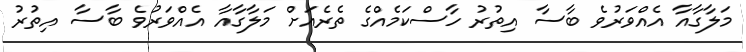
މަލާގާއާ އެއްވަރުވެ ބާސާ އިތުރު ހާސްކަމެއްގެ ތެރެއަށް މަލާގާއާ އެއްވަރުވެ ބާސާ އިތުރު